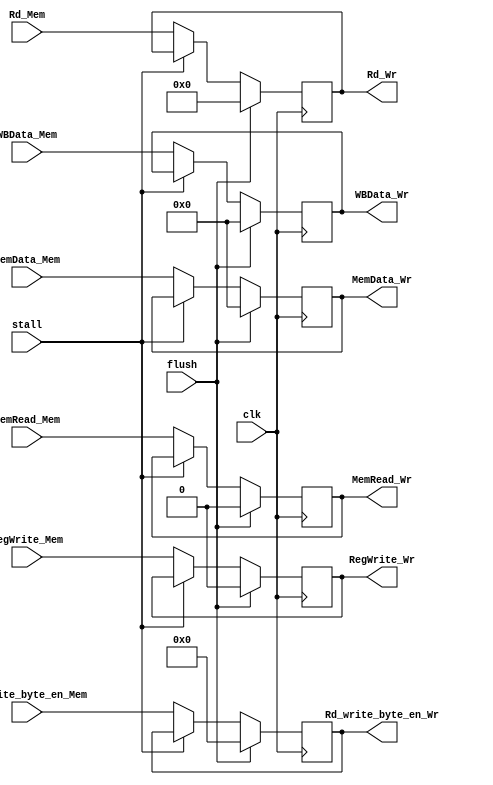
module MEM_WR(
input clk,
input stall,
input flush,
input [31:0] MemData_Mem,
input [3:0] Rd_write_byte_en_Mem,
input [31:0] WBData_Mem,
input MemRead_Mem,
input RegWrite_Mem,
input [4:0] Rd_Mem,
output reg [31:0] MemData_Wr,
output reg [3:0] Rd_write_byte_en_Wr,
output reg [31:0] WBData_Wr,
output reg MemRead_Wr,
output reg RegWrite_Wr,
output reg [4:0] Rd_Wr
);
initial
begin
MemData_Wr=32'b0;
Rd_write_byte_en_Wr=4'b0;
WBData_Wr=32'b0;
MemRead_Wr=0;
RegWrite_Wr=0;
Rd_Wr=5'b0;
end
always@(negedge clk)begin
	if(flush)begin//
		MemData_Wr<= 32'h00000000;
		Rd_write_byte_en_Wr<= 4'b0000;
		WBData_Wr<= 32'b0;
		MemRead_Wr<= 0;
		RegWrite_Wr<= 0;
		Rd_Wr<= 4'b0000;
		//
	end
	else if(!stall)begin//
		MemData_Wr<=MemData_Mem;
		Rd_write_byte_en_Wr<=Rd_write_byte_en_Mem;
		WBData_Wr<=WBData_Mem;
		MemRead_Wr<=MemRead_Mem;
		RegWrite_Wr<=RegWrite_Mem;
		Rd_Wr<= Rd_Mem;
	end
end
/*always @(negedge clk)begin
	
	
	// 
end*/
endmodule